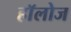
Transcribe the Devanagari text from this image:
हाॅलोज